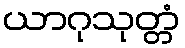
ယာဂုသုတ္တံ